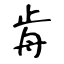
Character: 歬